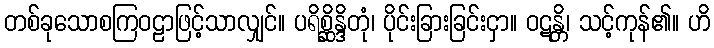
တစ်ခုသောစကြဝဠာဖြင့်သာလျှင်။ ပရိစ္ဆိန္ဒိတုံ၊ ပိုင်းခြားခြင်းငှာ။ ဝဋန္တိ၊ သင့်ကုန်၏။ ဟိ